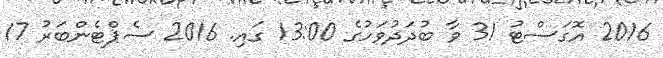
2016 އޮގަސްޓު 31 ވާ ބުދަދުވަހުގެ 13:00 ގައި. 2016 ސެޕްޓެންބަރު 17